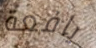
يافعة